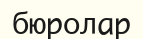
бюролар